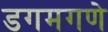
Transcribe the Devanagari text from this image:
डगमगणे